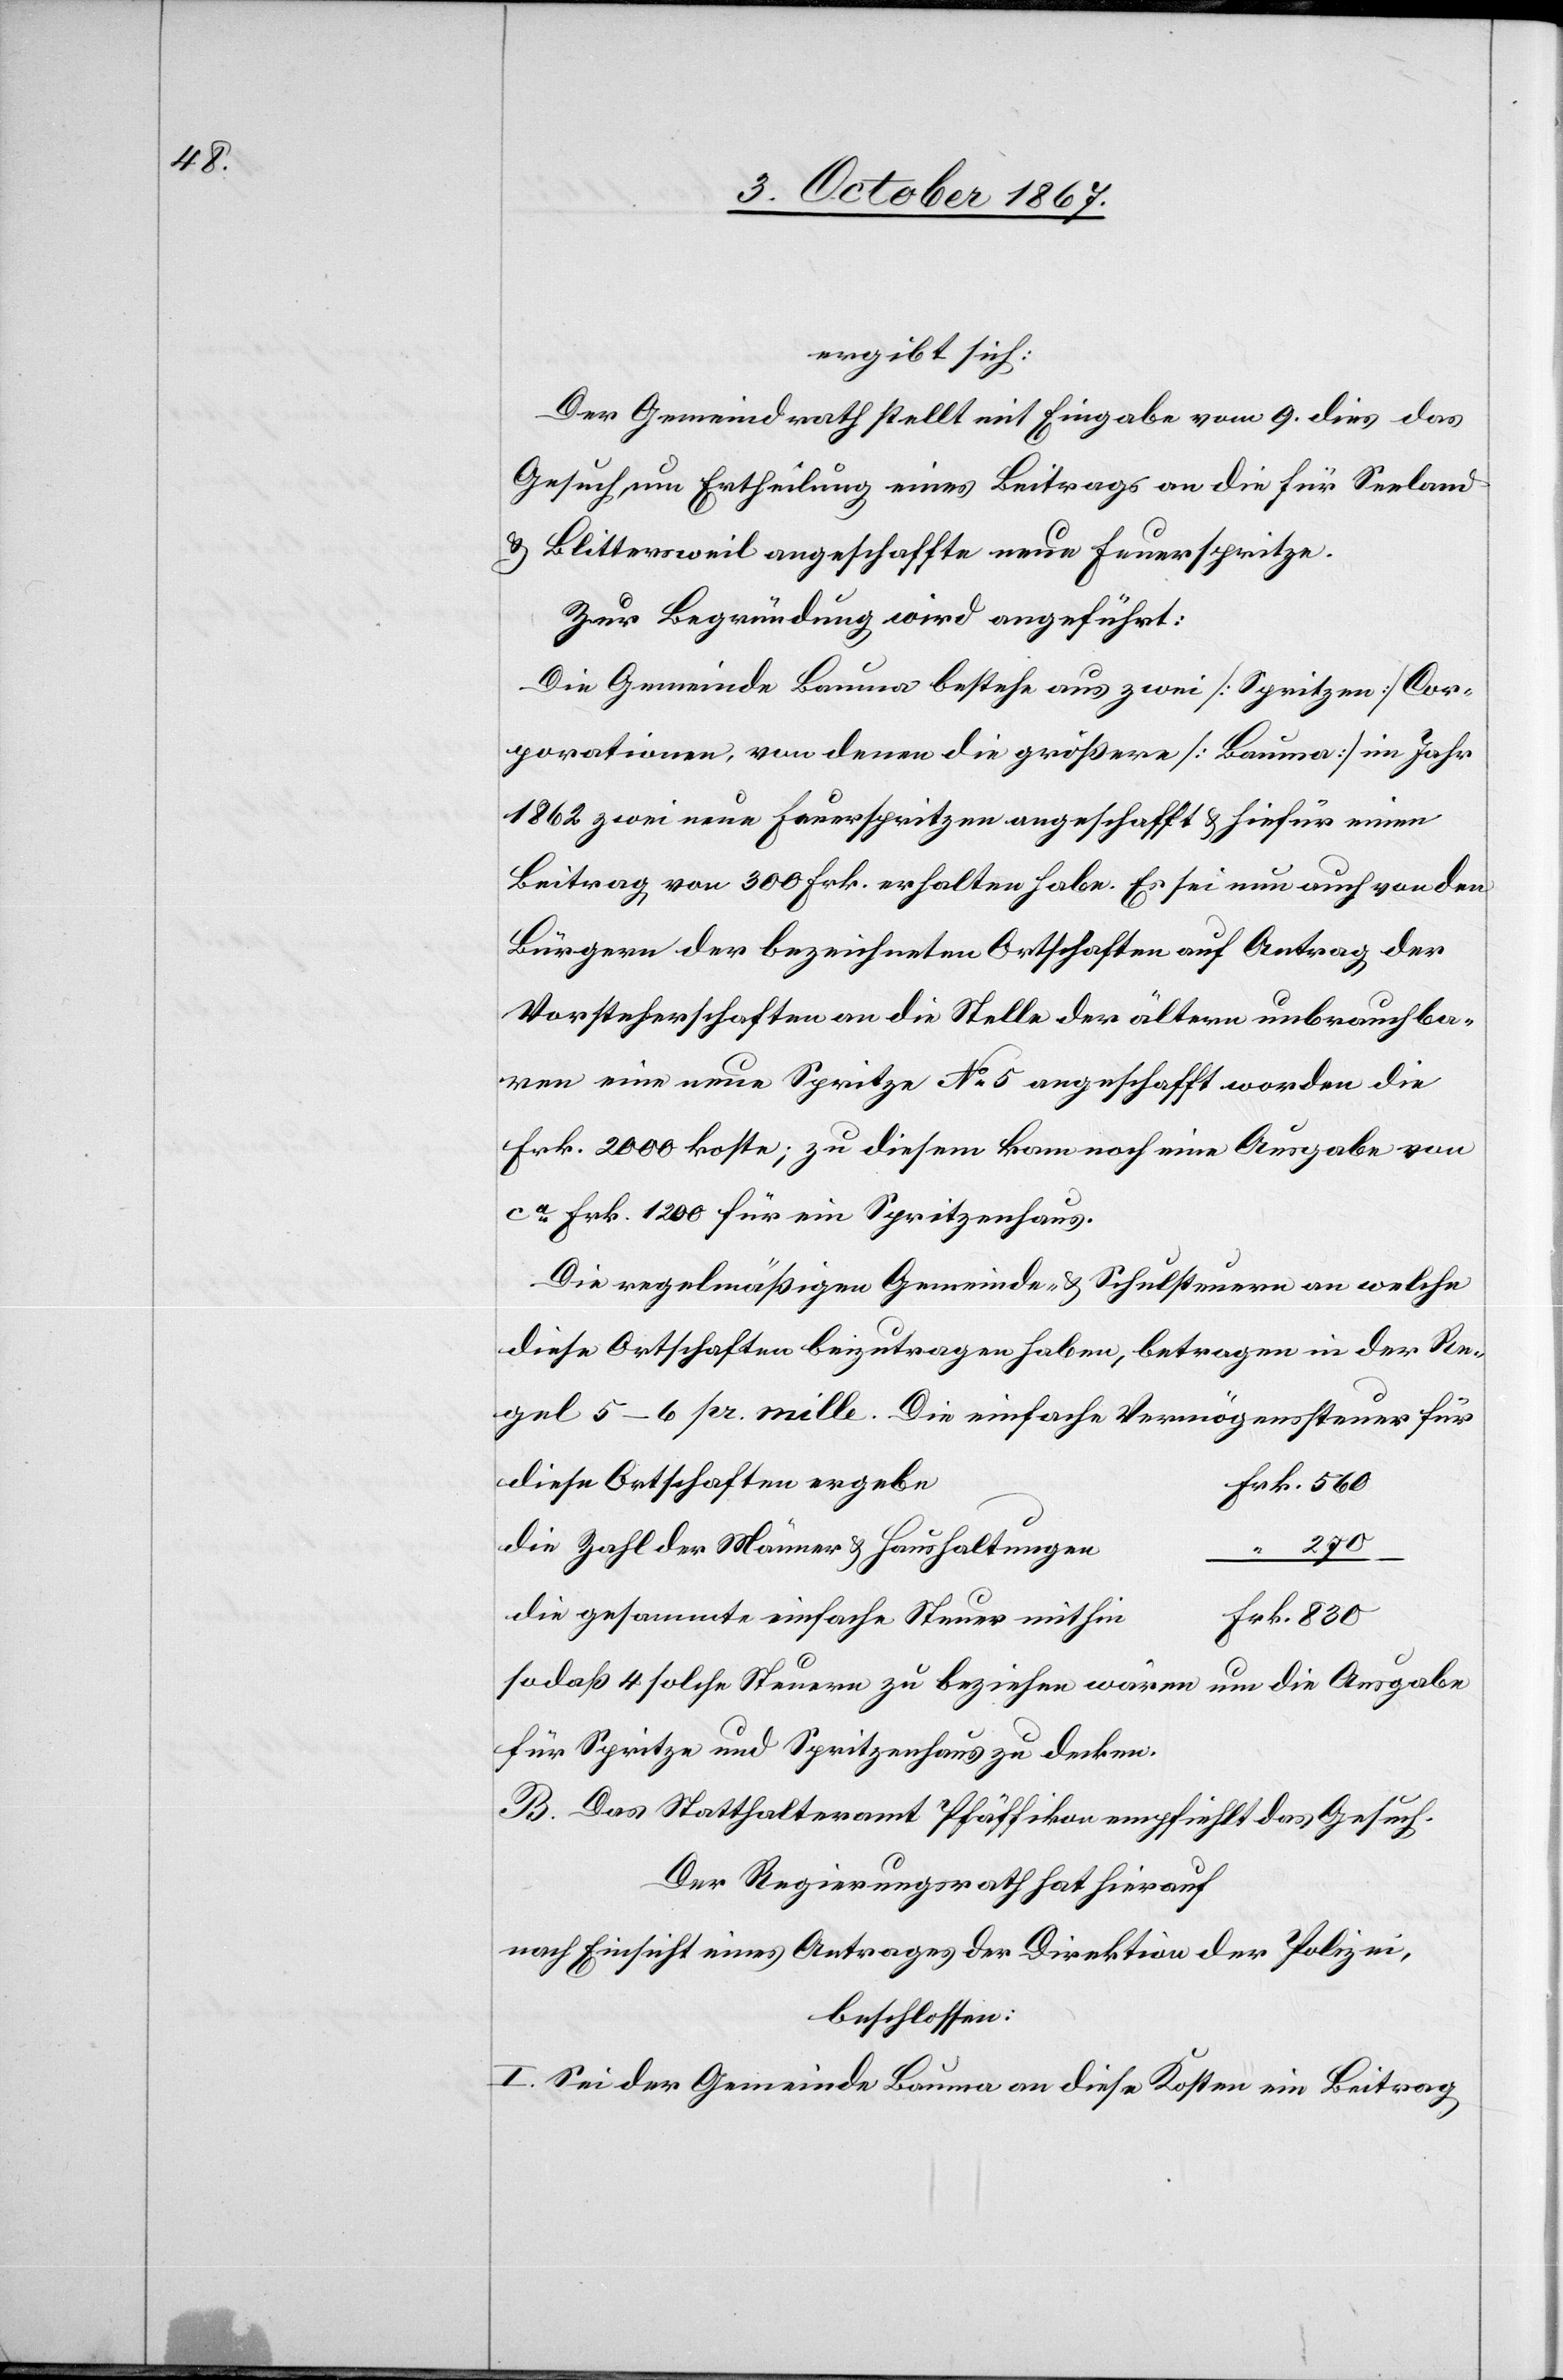
ergibt sich:
Der Gemeindrath stellt mit Eingabe vom 9. dies das
Gesuch um Ertheilung eines Beitrages an die für Seeland
u. Blittersweil angeschaffte neue Feuerspritze.
Zur Begründung wird angeführt:
Die Gemeinde Bauma bestehe aus zwei [Spritzen] Cor¬
porationen, von denen die größere [Bauma] im Jahr
1862 zwei neue Feuerspritzen angeschafft u. hiefür einen
Beitrag von 300 Frk. erhalten habe. Es sei nun auch von den
Bürgern der bezeichneten Ortschaften auf Antrag der
Vorsteherschaft an die Stelle der ältern unbrauchba¬
ren eine neue Spritze No 5 angeschafft worden die
Frk. 2000 koste; zu diesem kam noch eine Ausgabe von
ca. Frk. 1200 für ein Spritzenhaus.
Die regelmäßigen Gemeinde- u. Schulsteuern an welche
diese Ortschaften beizutragen haben, betragen in der Re¬
gel 5–6 pr. mille. Die einfach Vermögenssteuer für
diese Ortschaften ergeb¬
e	Frk. 560
die Zahl der Männer u. Haushaltungen
“ 270
die gesammte einfache Steuer mithi¬
n	Frk. 830
so daß 4 solche Steuern zu beziehen wären um die Ausgabe
für Spritze und Spritzenhaus zu decken.
B. Das Statthalteramt Pfäffikon empfiehlt das Gesuch.
Der Regierungsrath hat hierauf
nach Einsicht eines Antrages der Direktion der Polizei,
beschlossen:
I. Sei der Gemeinde Bauma an diese Kosten ein Beitrag